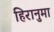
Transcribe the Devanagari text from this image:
हिरानुमा